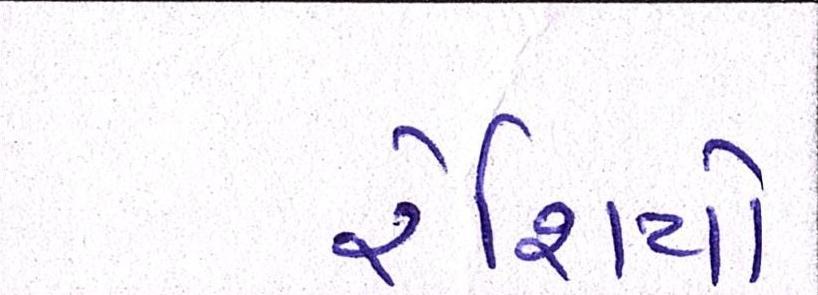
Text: રેશિયો